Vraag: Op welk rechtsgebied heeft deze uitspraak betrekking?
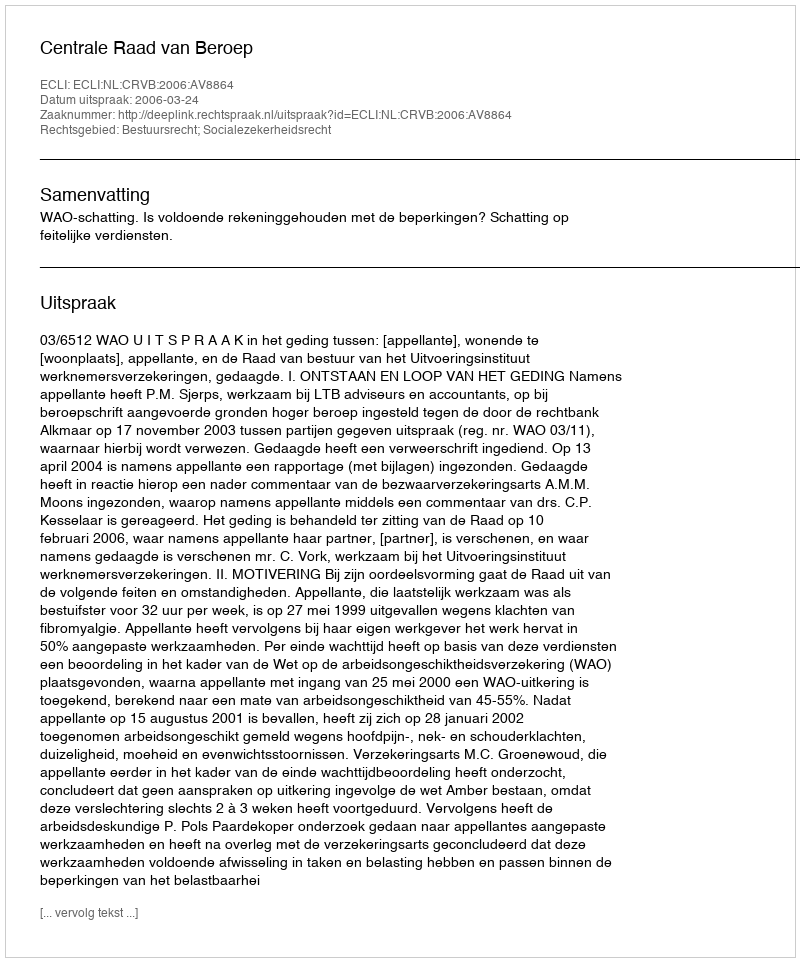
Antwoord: Bestuursrecht; Socialezekerheidsrecht